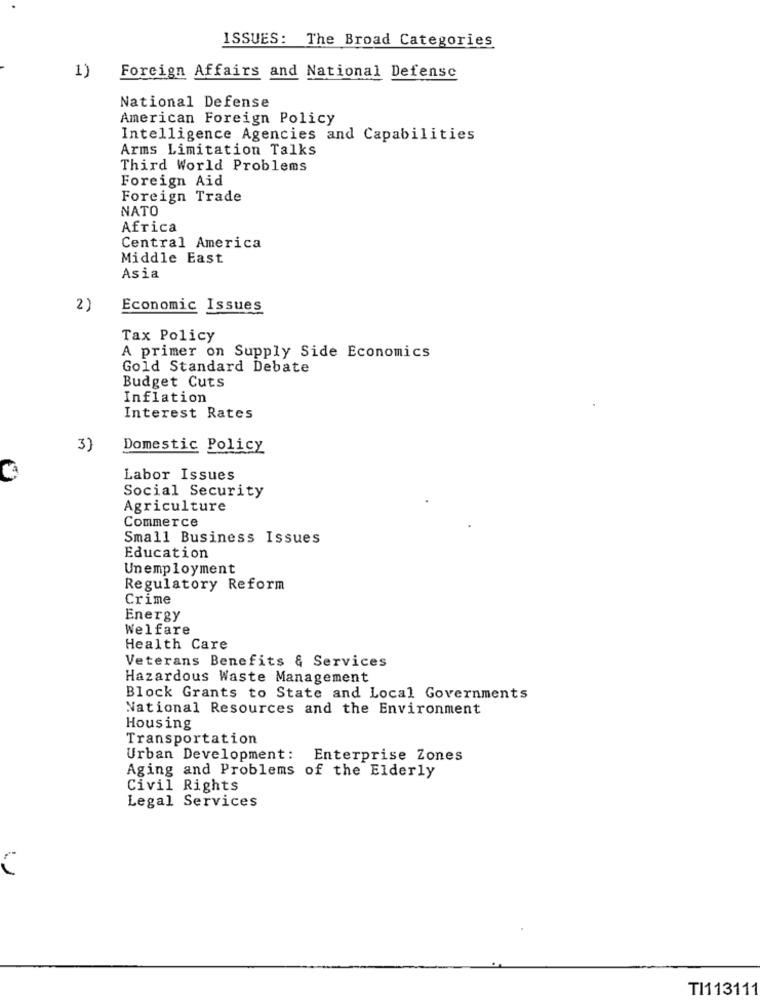
ISSUES: The Broad Categories
1)
Foreign Affairs and National Defense
National Defense
American Foreign Policy
Intelligence Agencies and Capabilities
Arms Limitation Talks
Third World Problems
Foreign Aid
Foreign Trade
NATO
Africa
Central America
Middle East
Asia
2)
Economic Issues
Tax Policy
A primer on Supply Side Economics
Gold Standard Debate
Budget Cuts
Inflation
Interest Rates
3)
Domestic Policy
Labor Issues
Social Security
Agriculture
Commerce
Small Business Issues
Education
Unemployment
Regulatory Reform
Crime
Energy
Welfare
Health Care
Veterans Benefits & Services
Hazardous Waste Management
Block Grants to State and Local Governments
National Resources and the Environment
Housing
Transportation
Urban Development: Enterprise Zones
Aging and Problems of the Elderly
Civil Rights
Legal Services
TI113111